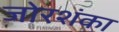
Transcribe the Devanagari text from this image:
जोरशंका